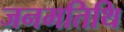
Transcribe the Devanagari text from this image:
जनमतिथि